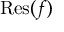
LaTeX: { \mathrm { R e s } } ( f )